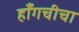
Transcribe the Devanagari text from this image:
हाँगचीचा